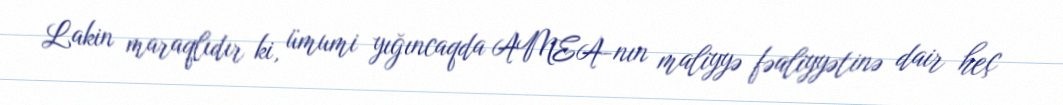
Lakin maraqlıdır ki, ümumi yığıncaqda AMEA-nın maliyyə fəaliyyətinə dair heç